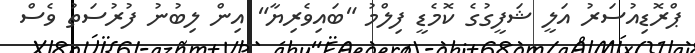
ޕްރޮޑިއުސަރު އަލީ ޝަފީގުގެ ކޮމެޑީ ފިލްމު "ބައިވެރިޔާ" އިން ލިބުނު ފުރުސަތު ވެސް